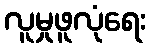
လူမှုဖူလုံရေး